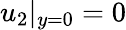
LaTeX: u_{2}|_{y=0}=0